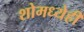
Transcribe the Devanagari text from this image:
शोमध्येही